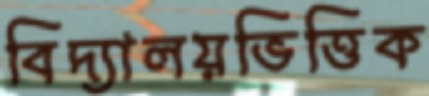
বিদ্যালয়ভিত্তিক